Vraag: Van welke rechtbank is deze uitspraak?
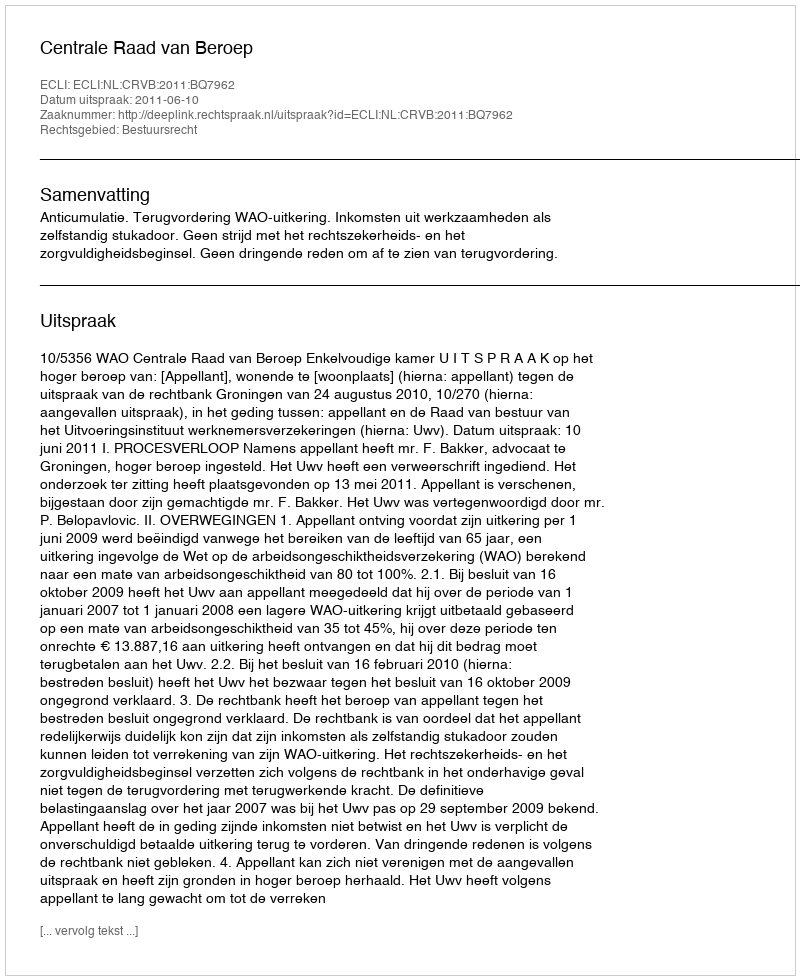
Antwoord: Centrale Raad van Beroep